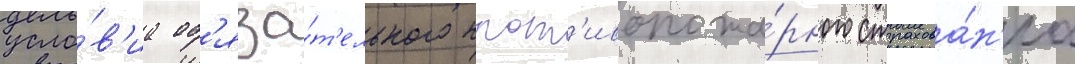
усло́в'иа об'яза́т'ельного прот'ивопожа́рного страхова́н'иа